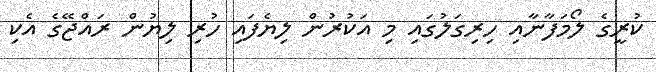
ކުރީގެ ލޯމަފާނާއި ހިރިގަލުގައި މި އަކުރުން ލިޔެފައި ހުރި ލިޔުން ރައްޖޭގެ އެކި